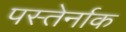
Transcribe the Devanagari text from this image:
पस्तेर्नाक